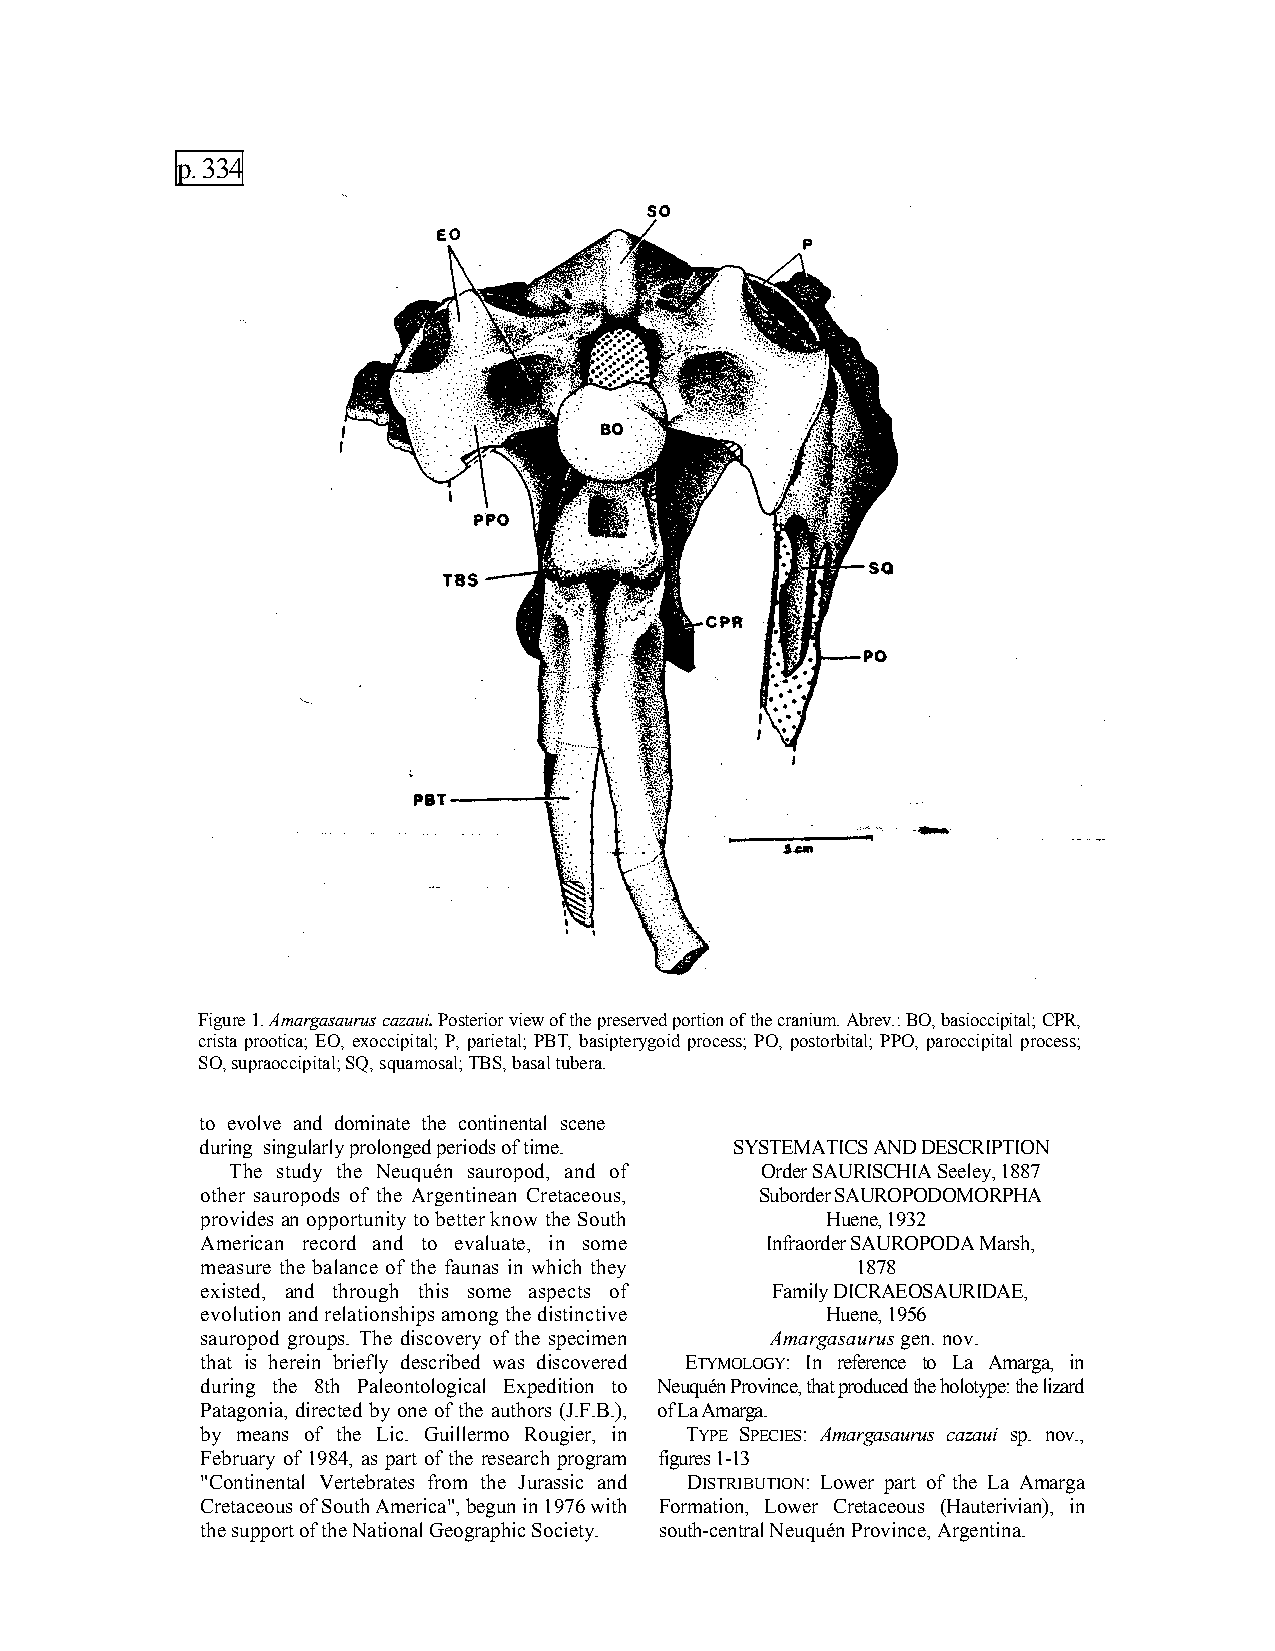
p. 334
 Figure 1. Amargasaurus cazaui. Posterior view of the preserved portion of the cranium. Abrev.: BO, basioccipital; CPR,
 crista prootica; EO, exoccipital; P, parietal; PBT, basipterygoid process; PO, postorbital; PPO, paroccipital process;
 SO, supraoccipital; SQ, squamosal; TBS, basal tubera.
 to evolve and dominate the continental scene
 during singularly prolonged periods of time. SYSTEMATICS AND DESCRIPTION
 The study the Neuquén sauropod, and of Order SAURISCHIA Seeley, 1887
 other sauropods of the Argentinean Cretaceous, Suborder SAUROPODOMORPHA
 provides an opportunity to better know the South Huene, 1932
 American record and to evaluate, in some Infraorder SAUROPODA Marsh,
 measure the balance of the faunas in which they 1878
 existed, and through this some aspects of Family DICRAEOSAURIDAE,
 evolution and relationships among the distinctive Huene, 1956
 sauropod groups. The discovery of the specimen Amargasaurus gen. nov.
 that is herein briefly described was discovered ETYMOLOGY: In reference to La Amarga, in
 during the 8th Paleontological Expedition to Neuquén Province, that produced the holotype: the lizard
 Patagonia, directed by one of the authors (J.F.B.), of La Amarga.
 by means of the Lic. Guillermo Rougier, in TYPE SPECIES: Amargasaurus cazaui sp. nov.,
 February of 1984, as part of the research program figures 1-13
 "Continental Vertebrates from the Jurassic and DISTRIBUTION: Lower part of the La Amarga
 Cretaceous of South America", begun in 1976 with Formation, Lower Cretaceous (Hauterivian), in
 the support of the National Geographic Society. south-central Neuquén Province, Argentina.